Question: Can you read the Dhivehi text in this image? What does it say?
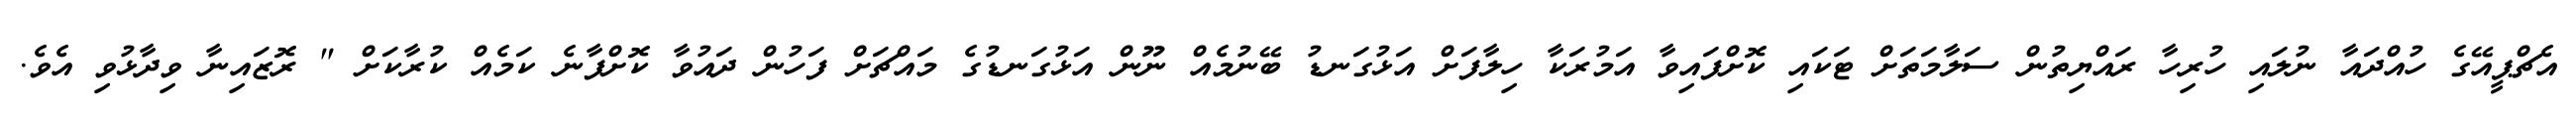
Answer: އެޗްޕީއޭގެ ހުއްދައާ ނުލައި ހުރިހާ ރައްޔިތުން ސަލާމަތަށް ޓަކައި ކޮށްފައިވާ އަމުރަކާ ހިލާފަށް އަޅުގަނޑު ބޭނުމެއް ނޫން އަޅުގަނޑުގެ މައްޗަށް ފަހުން ދައުވާ ކޮށްފާނެ ކަމެއް ކުރާކަށް " ރޮޒައިނާ ވިދާޅުވި އެވެ.